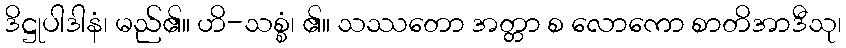
ဒိဋ္ဌုပါဒါနံ၊ မည်၏။ ဟိ-သစ္စံ၊ ၏။ သဿတော အတ္တာ စ လောကော စာတိအာဒီသု၊